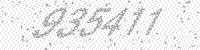
Solution: 935411